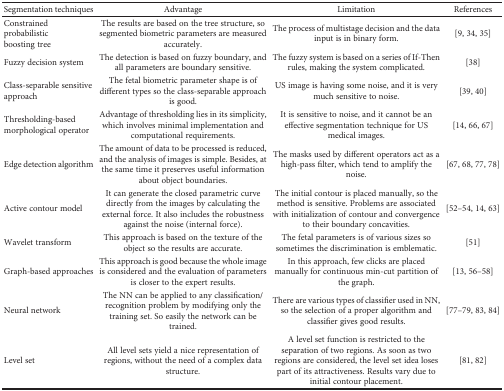
| Segmentation techniques | Advantage | Limitation | References |
 | --- | --- | --- | --- |
 | Constrained probabilistic boosting tree | The results are based on the tree structure, so segmented biometric parameters are measured accurately. | The process of multistage decision and the data input is in binary form. | [9, 34, 35] |
 | Fuzzy decision system | The detection is based on fuzzy boundary, and all parameters are boundary sensitive. | The fuzzy system is based on a series of If-Then rules, making the system complicated. | [38] |
 | Class-separable sensitive approach | The fetal biometric parameter shape is of different types so the class-separable approach is good. | US image is having some noise, and it is very much sensitive to noise. | [39, 40] |
 | Thresholding-based morphological operator | Advantage of thresholding lies in its simplicity, which involves minimal implementation and computational requirements. | It is sensitive to noise, and it cannot be an effective segmentation technique for US medical images. | [14, 66, 67] |
 | Edge detection algorithm | The amount of data to be processed is reduced, and the analysis of images is simple. Besides, at the same time it preserves useful information about object boundaries. | The masks used by different operators act as a high-pass filter, which tend to amplify the noise. | [67, 68, 77, 78] |
 | Active contour model | It can generate the closed parametric curve directly from the images by calculating the external force. It also includes the robustness against the noise (internal force). | The initial contour is placed manually, so the method is sensitive. Problems are associated with initialization of contour and convergence to their boundary concavities. | [52–54, 14, 63] |
 | Wavelet transform | This approach is based on the texture of the object so the results are accurate. | The fetal parameters is of various sizes so sometimes the discrimination is emblematic. | [51] |
 | Graph-based approaches | This approach is good because the whole image is considered and the evaluation of parameters is closer to the expert results. | In this approach, few clicks are placed manually for continuous min-cut partition of the graph. | [13, 56–58] |
 | Neural network | The NN can be applied to any classification/recognition problem by modifying only the training set. So easily the network can be trained. | There are various types of classifier used in NN, so the selection of a proper algorithm and classifier gives good results. | [77–79, 83, 84] |
 | Level set | All level sets yield a nice representation of regions, without the need of a complex data structure. | A level set function is restricted to the separation of two regions. As soon as two regions are considered, the level set idea loses part of its attractiveness. Results vary due to initial contour placement. | [81, 82] |